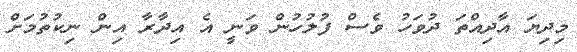
މިދިޔަ އާދިއްތަ ދުވަހު ވެސް ފުލުހުން ވަނީ އެ އިދާރާ އިން ނިކުތުމަށް